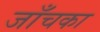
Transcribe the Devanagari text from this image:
जाँचका